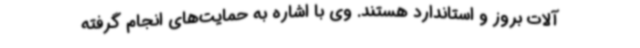
آلات بروز و استاندارد هستند. وی با اشاره به حمایت‌های انجام گرفته